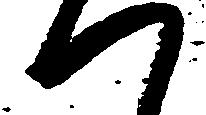
つ